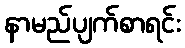
နာမည်ပျက်စာရင်း